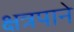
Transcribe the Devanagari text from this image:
क्षत्रपाने